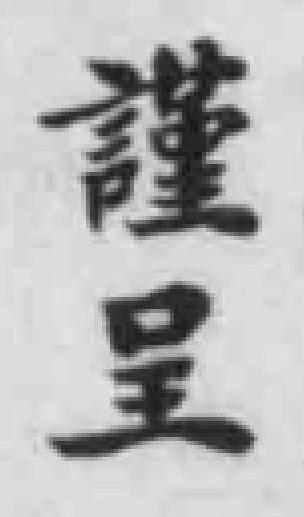
謹呈